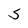
Character: S